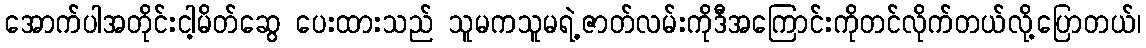
အောက်ပါအတိုင်းငါ့မိတ်ဆွေ ပေးထားသည် သူမကသူမရဲ့ဇာတ်လမ်းကိုဒီအကြောင်းကိုတင်လိုက်တယ်လို့ပြောတယ်၊